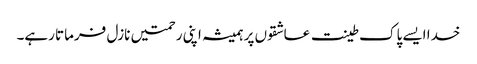
خدا ایسے پاک طینت عاشقوں پر ہمیشہ اپنی رحمتیں نازل فرماتا رہے۔